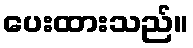
ပေးထားသည်။